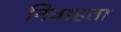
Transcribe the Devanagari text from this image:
निवाहता